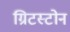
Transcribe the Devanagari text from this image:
ग्रिटस्टोन